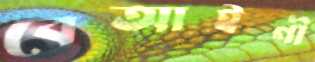
বেআইনী